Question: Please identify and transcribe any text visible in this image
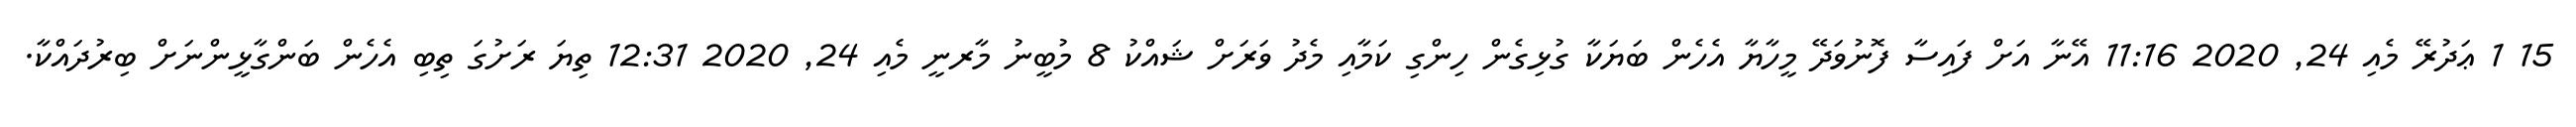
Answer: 15 1 ޢަދުރޭ މެއި 24, 2020 11:16 އޭނާ އަށް ފައިސާ ފޮނުވަދޭ މީހާޔާ އެހެން ބަޔަކާ ގުޅިގެން ހިންގި ކަމާއި މެދު ވަރަށް ޝައްކު 8 މުބީނު މާރނީ މެއި 24, 2020 12:31 ތިޔަ ރަށުގަ ތިބި އެހެން ބަންގާޅީންނަށް ބިރުދައްކާ.